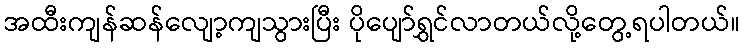
အထီးကျန်ဆန်လျော့ကျသွားပြီး ပိုပျော်ရွှင်လာတယ်လို့တွေ့ရပါတယ်။